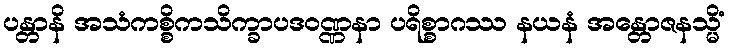
ပန္တာနိ အသံကစ္စိကသိက္ခာပဒဝဏ္ဏနာ ပရိစ္စာဂဿ နယနံ အန္တောဇနသ္မိံ